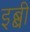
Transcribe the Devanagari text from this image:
इब्बी